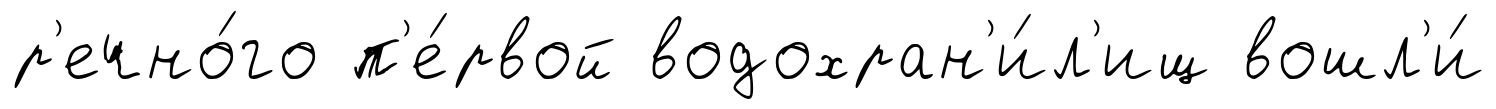
р'ечно́го п'е́рвой водохран'и́л'ищ вошл'и́